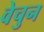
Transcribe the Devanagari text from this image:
वेचुन